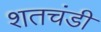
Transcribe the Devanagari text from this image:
शतचंडी